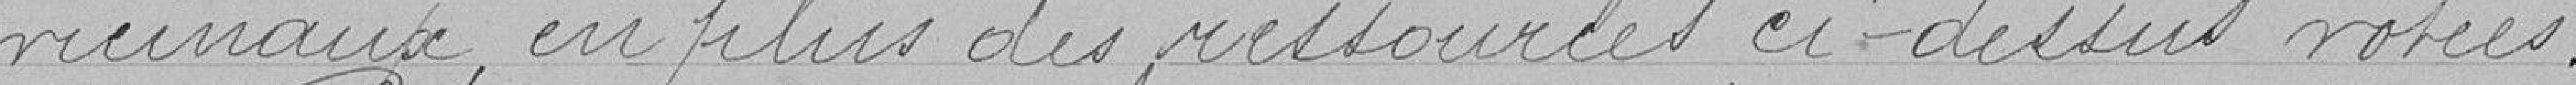
vicinaux en plus des ressources ci-dessus votées